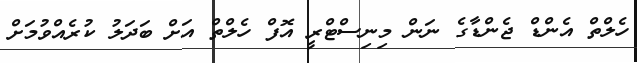
ހެލްތް އެންޑް ޖެންޑާގެ ނަން މިނިސްޓްރީ އޮފް ހެލްތް އަށް ބަދަލު ކުރެއްވުމަށް